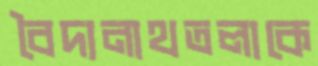
বৈদ্যনাথতলাকে